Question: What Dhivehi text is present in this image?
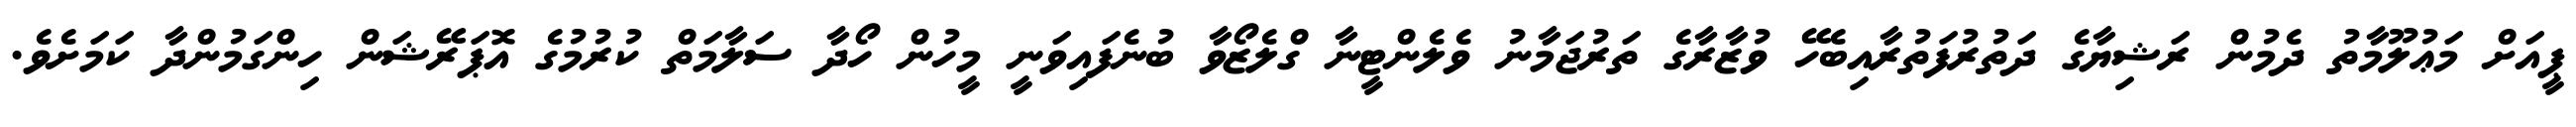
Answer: ޕީއަށް މަޢުލޫމާތު ދެމުން ރަޝިޔާގެ ދަތުރުފަތުރާއިބެހޭ ވުޒާރާގެ ތަރުޖަމާނު ވެލެންޓީނާ ގްލެޒޯވާ ބުނެފައިވަނީ މީހުން ހޯދާ ސަލާމަތް ކުރުމުގެ އޮޕަރޭޝަން ހިންގަމުންދާ ކަމަށެވެ.